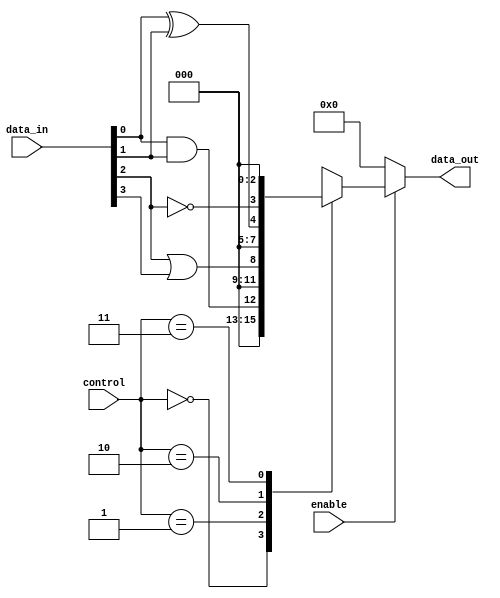
module combinational_logic_block (
    input wire [3:0] data_in,       // 4-bit data input
    input wire [1:0] control,       // Control signals for logic operations
    input wire enable,               // Enable signal
    output reg [3:0] data_out        // 4-bit data output
);

// Internal signals for logic elements
wire and_out, or_out, xor_out, not_out;

// Logic Elements (LEs)
assign and_out = data_in[0] & data_in[1];  // AND operation
assign or_out  = data_in[2] | data_in[3];  // OR operation
assign xor_out = data_in[0] ^ data_in[1];  // XOR operation
assign not_out = ~data_in[2];                // NOT operation

// Control Logic to select output based on control signals
always @(*) begin
    if (enable) begin
        case (control)
            2'b00: data_out = {3'b000, and_out}; // Output AND result
            2'b01: data_out = {3'b000, or_out};  // Output OR result
            2'b10: data_out = {3'b000, xor_out}; // Output XOR result
            2'b11: data_out = {not_out, 3'b000}; // Output NOT result
            default: data_out = 4'b0000;         // Default case
        endcase
    end else begin
        data_out = 4'b0000;                     // If not enabled, output 0
    end
end

endmodule